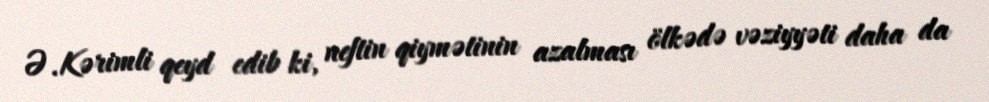
Ə.Kərimli qeyd edib ki, neftin qiymətinin azalması ölkədə vəziyyəti daha da